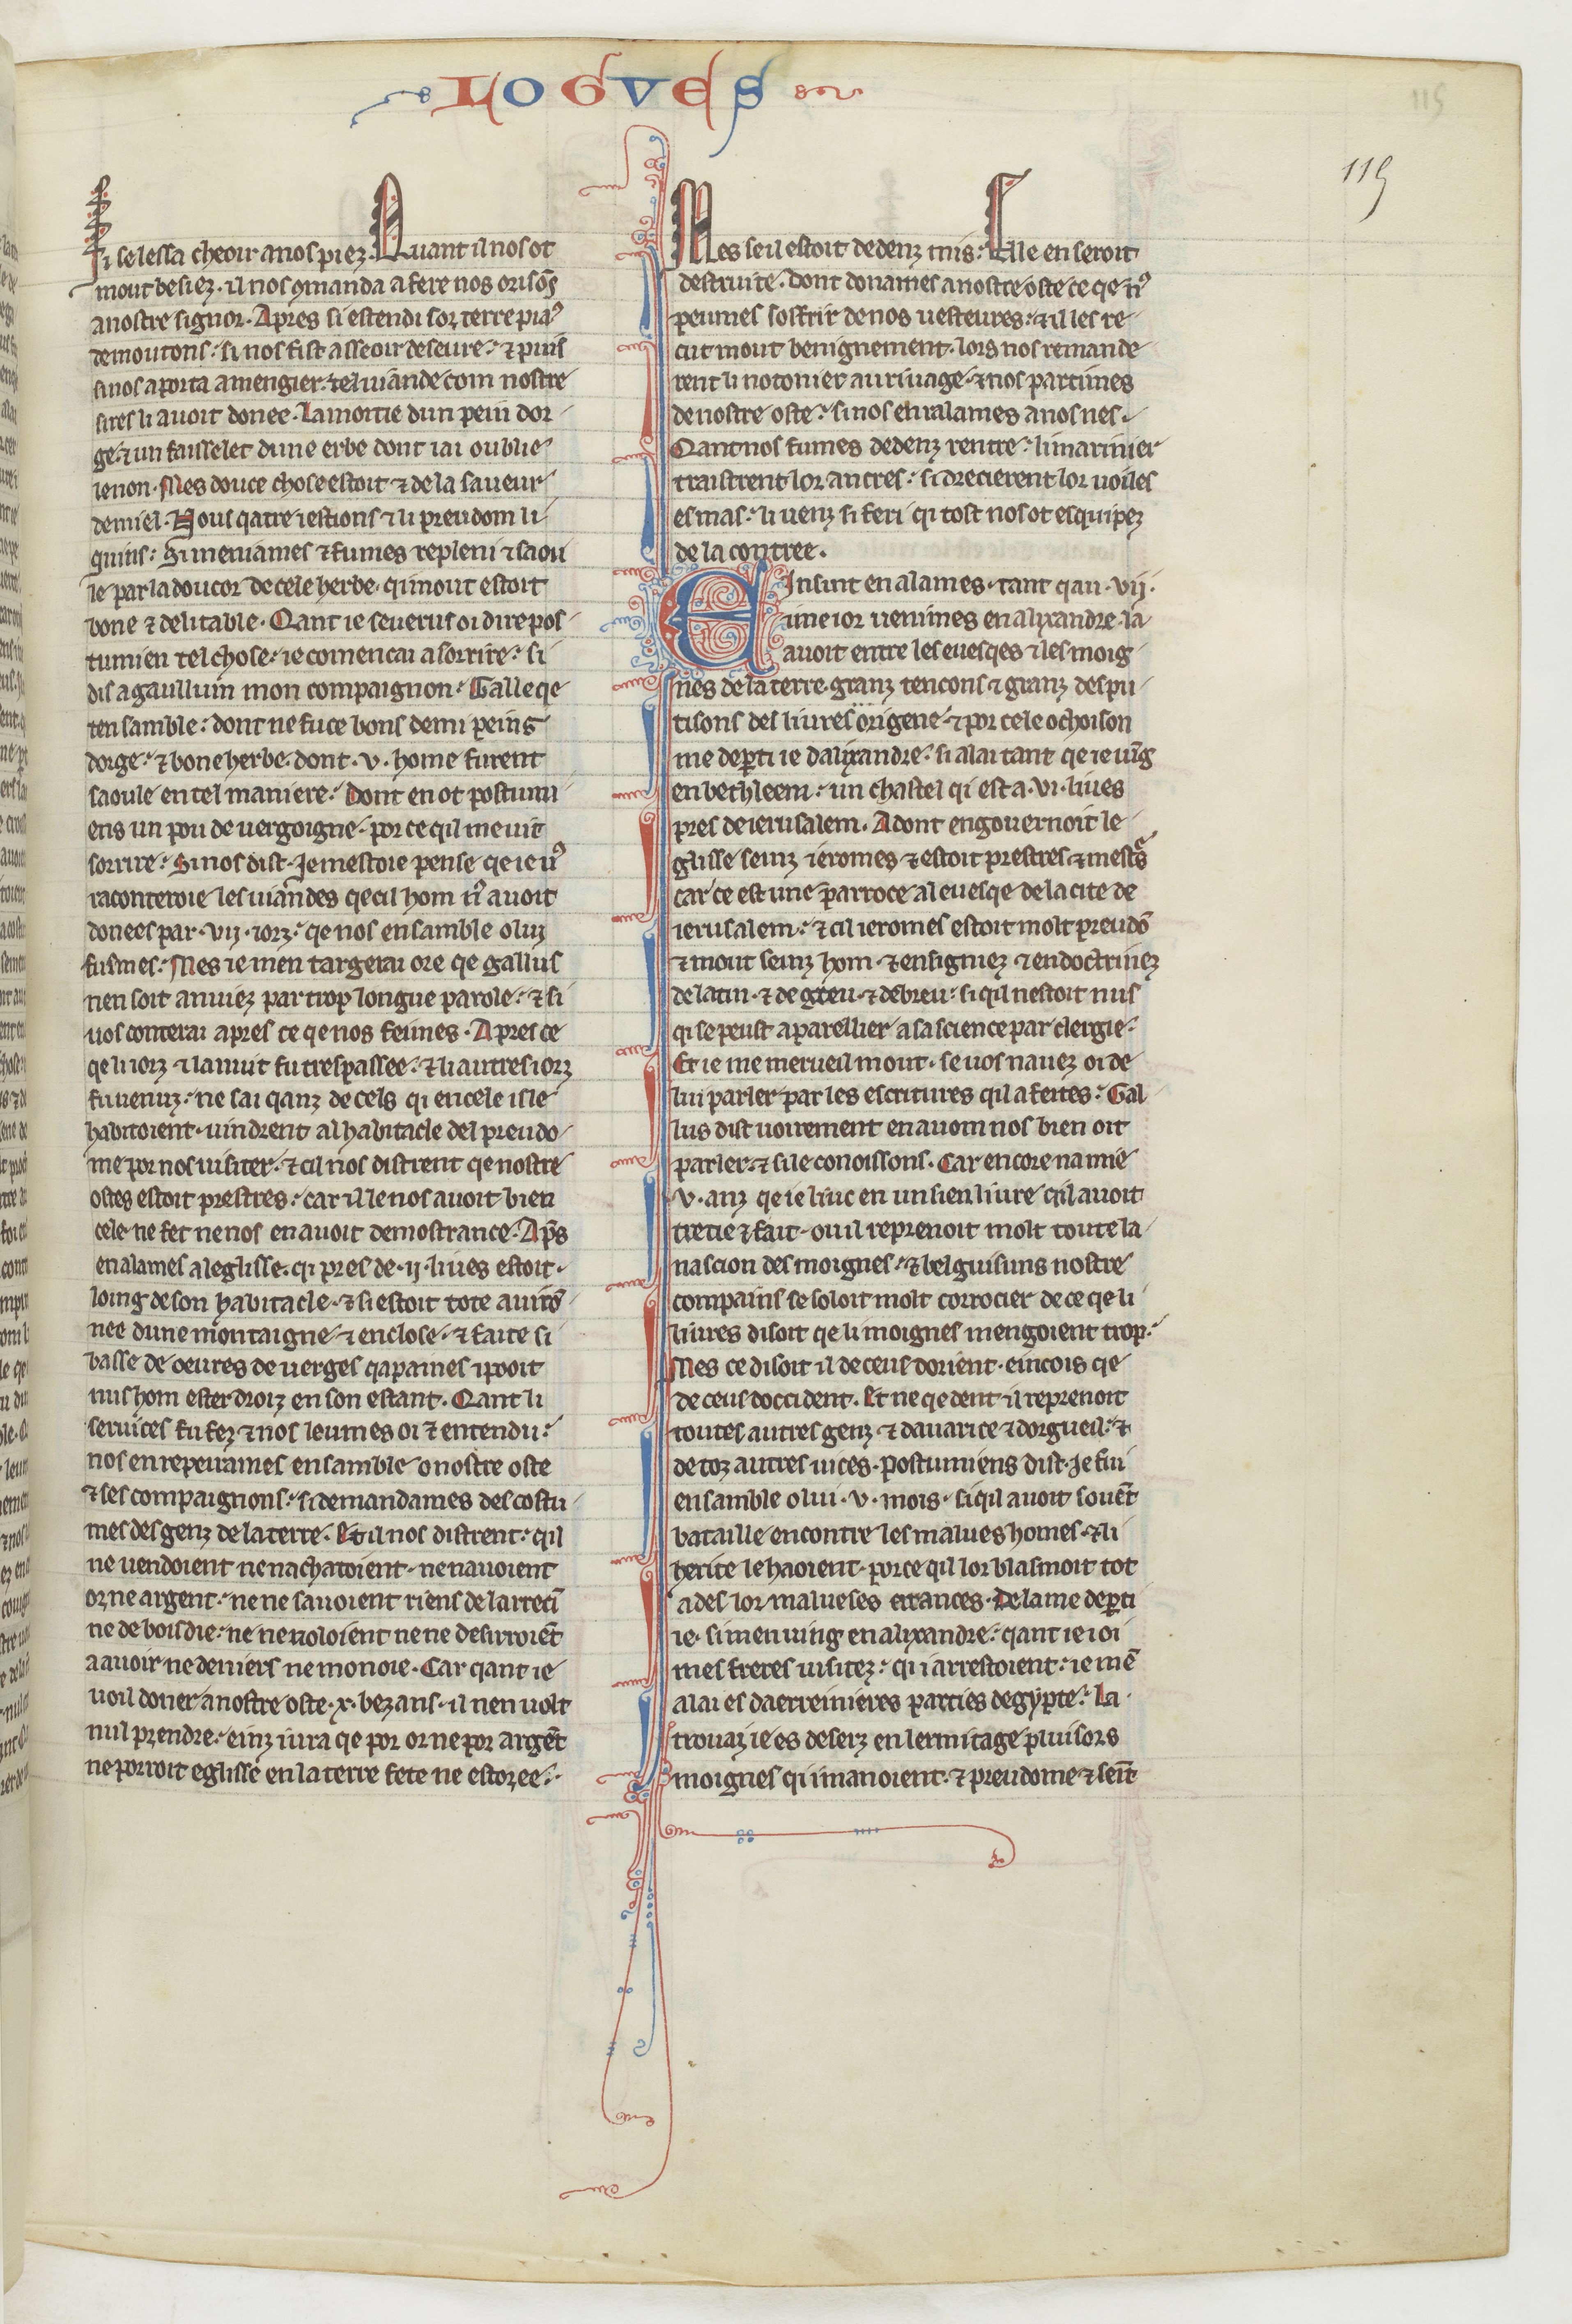
Shelfmark: Paris, BnF, fr. 412
Century: 13